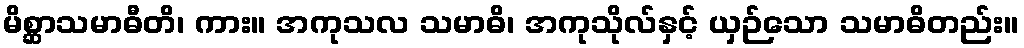
မိစ္ဆာသမာဓီတိ၊ ကား။ အကုသလ သမာဓိ၊ အကုသိုလ်နှင့် ယှဉ်သော သမာဓိတည်း။